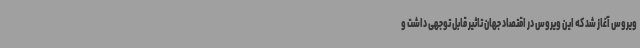
ویروس آغاز شد که این ویروس در اقتصاد جهان تاثیر قابل توجهی داشت و